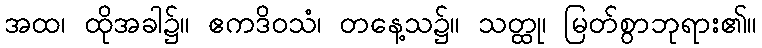
အထ၊ ထိုအခါ၌။ ဧကဒိဝသံ၊ တနေ့သ၌။ သတ္ထု၊ မြတ်စွာဘုရား၏။